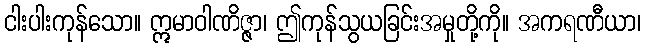
ငါးပါးကုန်သော။ ဣမာဝါဏိဇ္ဇာ၊ ဤကုန်သွယခြင်းအမှုတို့ကို။ အကရဏီယာ၊